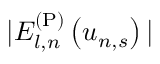
| E _ { l , n } ^ { \mathrm { ( P ) } } \left( u _ { n , s } \right) |